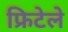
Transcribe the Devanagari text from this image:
फ्रिटेले